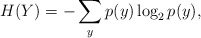
\begin{align*} H(Y) = - \sum\limits_y {p(y)\log _2 p(y)},\end{align*}